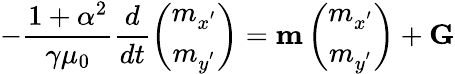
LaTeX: -\frac{1+{\alpha}^{2}}{\gamma{\mu}_{0}}\frac{d}{dt}\left(\begin{array}{c}{m_{x^{{'}}}}\\ {m_{y^{{'}}}}\end{array}\right)={\mathbf{m}}\left(\begin{array}{c}{m_{x^{{'}}}}\\ {m_{y^{{'}}}}\end{array}\right)+\mathbf{{G}}